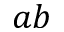
a b